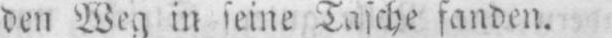
den Weg in seine Tasche fanden.